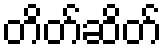
တိတ်ဆိတ်